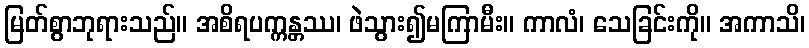
မြတ်စွာဘုရားသည်။ အစိရပက္ကန္တဿ၊ ဖဲသွား၍မကြာမီး။ ကာလံ၊ သေခြင်းကို။ အကာသိ၊